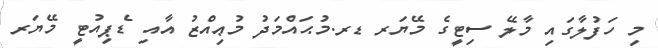
މި ހަފުލާގައި މާލޭ ސިޓީގެ މޭޔަރ ޑރ.މުޙައްމަދު މުޢިއްޒު އާއި ޑެޕިއުޓީ މޭޔަރ